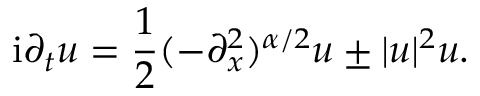
\mathrm { i } \partial _ { t } u = \frac { 1 } { 2 } ( - \partial _ { x } ^ { 2 } ) ^ { \alpha / 2 } u \pm | u | ^ { 2 } u .